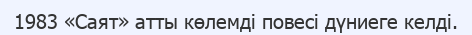
1983 «Саят» атты көлемді повесі дүниеге келді.